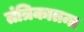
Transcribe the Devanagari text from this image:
तंत्रिकातन्त्र